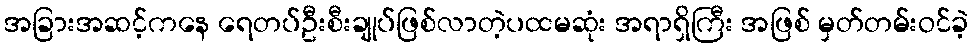
အခြားအဆင့်ကနေ ရေတပ်ဦးစီးချုပ်ဖြစ်လာတဲ့ပထမဆုံး အရာရှိကြီး အဖြစ် မှတ်တမ်းဝင်ခဲ့